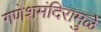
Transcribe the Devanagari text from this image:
गणेशमंदिरामुळे